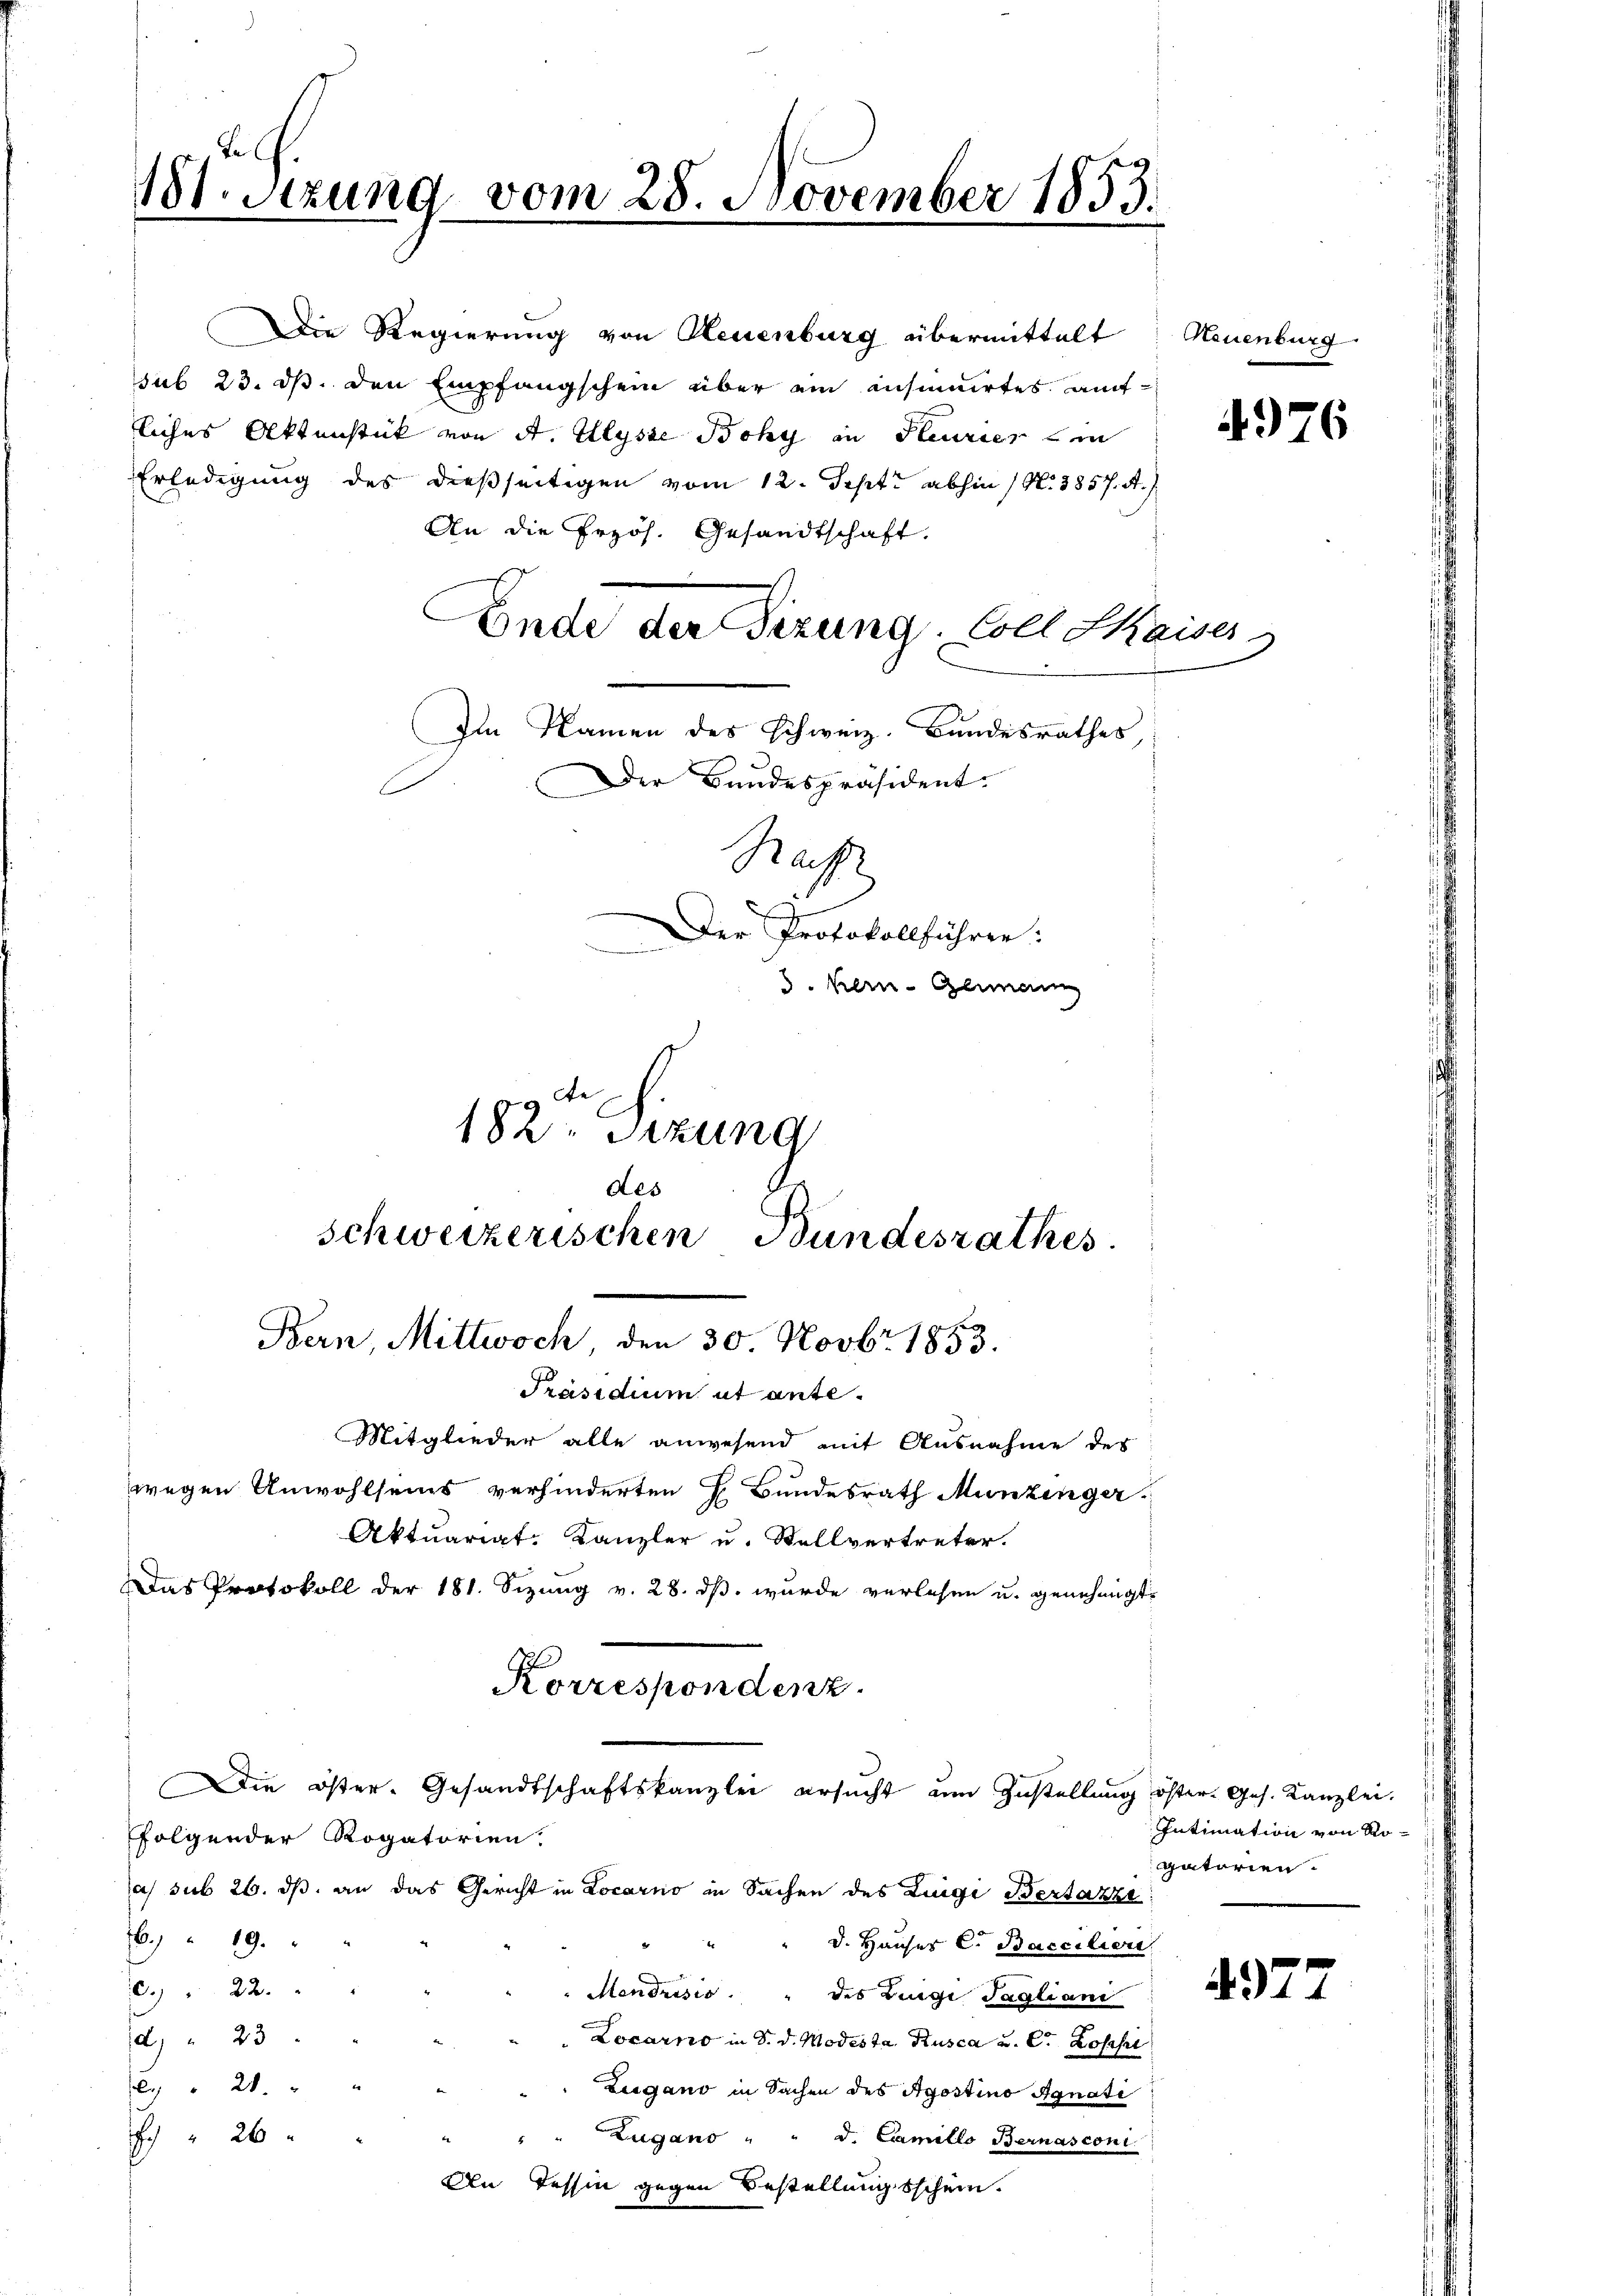
181. Sitzung vom 28. November 1853.

An die Przös. Gesandtschaft.
Ende der Sizung. Coll Skaiser,
Im Namen des Schweiz. Bundesrathes,
Der Bundespräsident.

Ra
Der Protokollführen:
3. Kern- Genann
182. Sitzung
des
schweizerischen Bundesrathes.

Bern, Mittwoch, den 30. Novbr 1853.
Präsidium ut ante¬
Mitglieder alle anwesend mit Ausnahme des
wegen Anwohlseins verhinderten L. Bundesrath Munzinger
Aktuariat-Kanzler u. Stellvertreter.
das Protokoll der 181. Sizung v. 28. ds. wurde verlesen u. genehmigt

Die Regierung von Neuenburg übermittelt: Neuenburg
sub 23. ds. den Empfangschein über ein insinuirtes aufliches Aktenstück von A. Ulysse Bohy in Steurier in
Erledigung des dießseitigen vom 12. Sept. abhin (N. 3857. A.

Korrespondenz.

folgender Rogatorien.
as sub 26. ds. an das Gericht in Locarno in Sachen des Zinge Bertazze
6. 19.
" d. Hauser C. Bacciliere
0.) " 22.
Mendrisis. " des Luigi Tagliani
d " 23
 Locarno in d. d. Modesta, Rusca u. C. Rossie
l " 21. " "
Lugano in Sachen des Apostino Agnati
Zugano " " d. Camillo Bernasconi
26
An Tessin gegen Bestellungsschein.

Die öster-Gesandtschaftskanzlei ersucht um Zustellung öster. Ges. Kanzlei.

4976

Intimation von Rogatorien.

497

.